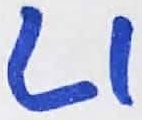
Text: L1